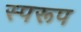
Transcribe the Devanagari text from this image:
स्परूप